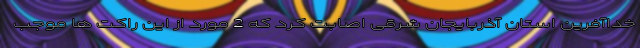
خداآفرین استان آذربایجان شرقی اصابت کرد که 2 مورد از این راکت ها موجب